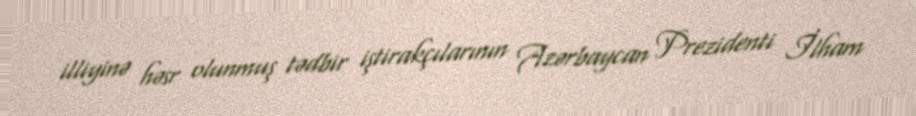
illiyinə həsr olunmuş tədbir iştirakçılarının Azərbaycan Prezidenti İlham